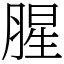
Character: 腥